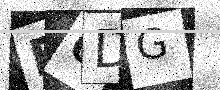
Text: D6DG